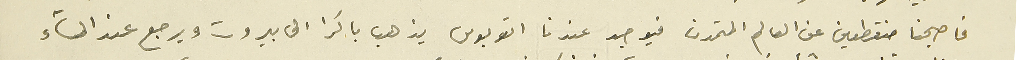
فاصبحنا منقطعين عن العالم المتمدن فيوجد عندنا اتوبوس يذهب باكرا الى بيروت ويرجع عند المساء